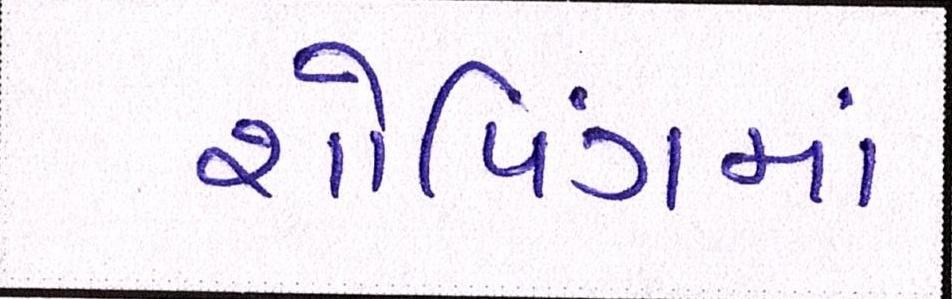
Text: શોપિંગમાં